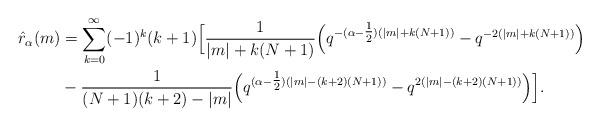
LaTeX: \begin{align*}\hat{r}_{\alpha}(m) &= \sum_{k=0}^{\infty} (-1)^k (k+1) \Big[ \frac{1}{|m|+k(N+1)} \Big( q^{-(\alpha-\tfrac{1}{2})(|m|+k(N+1))}-q^{-2(|m|+k(N+1))} \Big) \\&-\frac{1}{(N+1)(k+2) - |m|} \Big( q^{(\alpha-\tfrac{1}{2})(|m|-(k+2)(N+1))} - q^{2(|m|-(k+2)(N+1))} \Big) \Big]. \end{align*}